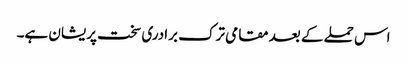
اس حملے کے بعد مقامی ترک برادری سخت پریشان ہے۔